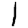
Digit: 1